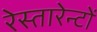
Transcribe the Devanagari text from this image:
रेस्तारेन्टों